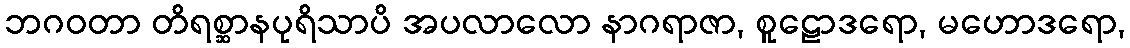
ဘဂဝတာ တိရစ္ဆာနပုရိသာပိ အပလာလော နာဂရာဇာ, စူဠောဒရော, မဟောဒရော,